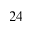
_ { 2 4 }